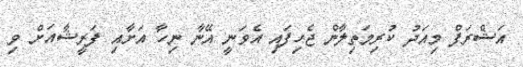
އަޝްރަފް މިއަދު ކުރިމަތިލާން ޖެހިފައި އެވަނީ އޭނާ ނިހާ އަށާއި ފަރީޝާއަށް ވި